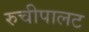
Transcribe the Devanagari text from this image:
रुचीपालट